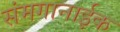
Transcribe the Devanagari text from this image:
संमगानाईक